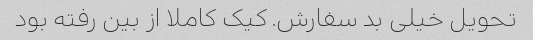
تحویل خیلی بد سفارش. کیک کاملا از بین رفته بود